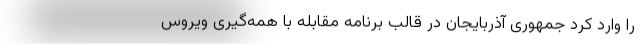
را وارد کرد جمهوری آذربایجان در قالب برنامه مقابله با همه‌گیری ویروس